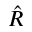
\hat { R }